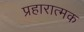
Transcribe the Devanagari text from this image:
प्रहारात्मक